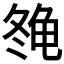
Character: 𱍇